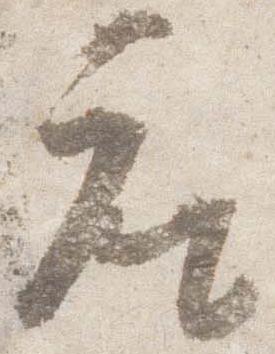
座